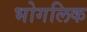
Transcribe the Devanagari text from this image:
भोगलिक